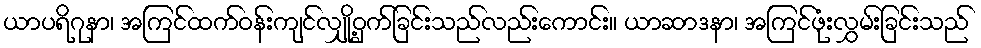
ယာပရိဂုနာ၊ အကြင်ထက်ဝန်းကျင်လျှို့ဝှက်ခြင်းသည်လည်းကောင်း။ ယာဆာဒနာ၊ အကြင်ဖုံးလွှမ်းခြင်းသည်